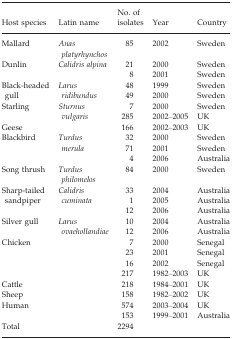
<table><thead><tr><td><b>Host species</b></td><td><b>Latin name</b></td><td><b>No. of isolates</b></td><td><b>Year</b></td><td><b>Country</b></td></tr></thead><tbody><tr><td>Mallard</td><td><i>Anas platyrhynchos</i></td><td>85</td><td>2002</td><td>Sweden</td></tr><tr><td rowspan="2">Dunlin</td><td rowspan="2"><i>Calidris alpina</i></td><td>21</td><td>2000</td><td>Sweden</td></tr><tr><td>8</td><td>2001</td><td>Sweden</td></tr><tr><td rowspan="2">Black-headed gull</td><td rowspan="2"><i>Larus ridibundus</i></td><td>48</td><td>1999</td><td>Sweden</td></tr><tr><td>49</td><td>2000</td><td>Sweden</td></tr><tr><td rowspan="2">Starling</td><td rowspan="2"><i>Sturnus vulgaris</i></td><td>7</td><td>2000</td><td>Sweden</td></tr><tr><td>285</td><td>2002–2005</td><td>UK</td></tr><tr><td>Geese</td><td></td><td>166</td><td>2002–2003</td><td>UK</td></tr><tr><td rowspan="3">Blackbird</td><td rowspan="3"><i>Turdus merula</i></td><td>32</td><td>2000</td><td>Sweden</td></tr><tr><td>71</td><td>2001</td><td>Sweden</td></tr><tr><td>4</td><td>2006</td><td>Australia</td></tr><tr><td>Song thrush</td><td><i>Turdus philomelos</i></td><td>84</td><td>2000</td><td>Sweden</td></tr><tr><td rowspan="3">Sharp-tailed sandpiper</td><td rowspan="3"><i>Calidris cuminata</i></td><td>33</td><td>2004</td><td>Australia</td></tr><tr><td>1</td><td>2005</td><td>Australia</td></tr><tr><td>12</td><td>2006</td><td>Australia</td></tr><tr><td rowspan="2">Silver gull</td><td rowspan="2"><i>Larus ovaehollandiae</i></td><td>10</td><td>2004</td><td>Australia</td></tr><tr><td>12</td><td>2006</td><td>Australia</td></tr><tr><td rowspan="4">Chicken</td><td></td><td>7</td><td>2000</td><td>Senegal</td></tr><tr><td></td><td>23</td><td>2001</td><td>Senegal</td></tr><tr><td></td><td>16</td><td>2002</td><td>Senegal</td></tr><tr><td></td><td>217</td><td>1982–2003</td><td>UK</td></tr><tr><td>Cattle</td><td></td><td>218</td><td>1984–2001</td><td>UK</td></tr><tr><td>Sheep</td><td></td><td>158</td><td>1982–2002</td><td>UK</td></tr><tr><td rowspan="2">Human</td><td></td><td>574</td><td>2003–2004</td><td>UK</td></tr><tr><td></td><td>153</td><td>1999–2001</td><td>Australia</td></tr><tr><td>Total</td><td></td><td>2294</td><td></td><td></td></tr></tbody></table>